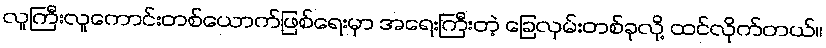
လူကြီးလူကောင်းတစ်ယောက်ဖြစ်ရေးမှာ အရေးကြီးတဲ့ ခြေလှမ်းတစ်ခုလို့ ထင်လိုက်တယ်။